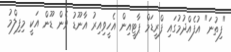
"ފިތުނަ" އުފެއްދުމުގައި ފްރީޑަމް ޕާޓީއިން އެހީވިއިރު އާނޫޑު ވެން ޑޫން އަކީ މިފިލްމު